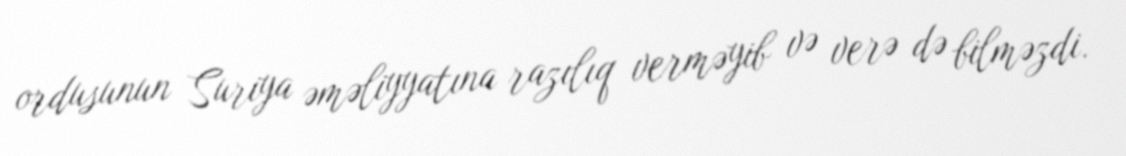
ordusunun Suriya əməliyyatına razılıq verməyib və verə də bilməzdi.